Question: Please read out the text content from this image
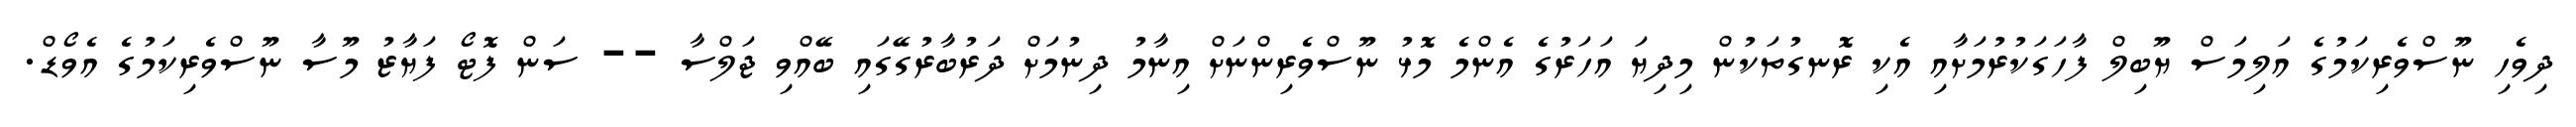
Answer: ދިވެހި ނޫސްވެރިކަމުގެ އަލިމަސް ޔޫބިލް ފާހަގަކުރުމަށާއި އެކި ރޮނގުތަކުން މިދިޔަ އަހަރުގެ އެންމެ މޮޅު ނޫސްވެރިންނަށް އިނާމު ދިނުމަށް ދަރުބާރުގޭގައި ބޭއްވި ޖަލްސާ -- ސަން ފޮޓޯ ފަޔާޒު މޫސާ ނޫސްވެރިކަމުގެ އެވޯޑް.